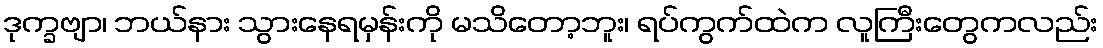
ဒုက္ခဗျာ၊ ဘယ်နား သွားနေရမှန်းကို မသိတော့ဘူး၊ ရပ်ကွက်ထဲက လူကြီးတွေကလည်း